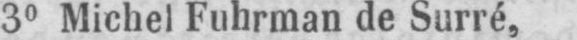
30 Michel Fuhrman de Surré,